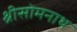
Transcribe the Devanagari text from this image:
श्रीसोमनाथ